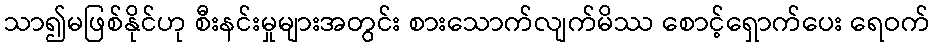
သာ၍မဖြစ်နိုင်ဟု စီးနင်းမှုများအတွင်း စားသောက်လျက်မိဿ စောင့်ရှောက်ပေး ရေဝက်